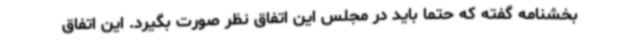
بخشنامه گفته که حتما باید در مجلس این اتفاق نظر صورت بگیرد. این اتفاق